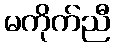
မကိုက်ညီ